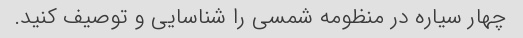
چهار سیاره در منظومه شمسی را شناسایی و توصیف کنید.